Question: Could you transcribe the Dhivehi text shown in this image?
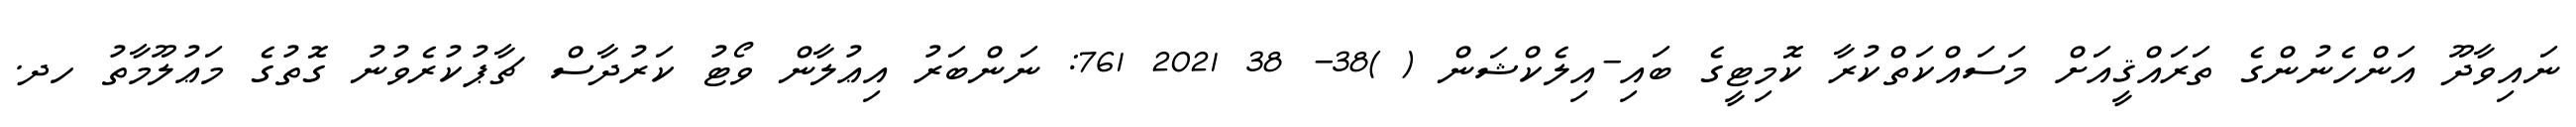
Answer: ނައިވާދޫ އަންހެނުންގެ ތަރައްޤީއަށް މަސައްކަތްކުރާ ކޮމިޓީގެ ބައި-އިލެކްޝަން ( )38- 38 2021 761: ނަންބަރު އިޢުލާން ވޯޓު ކަރުދާސް ޗާޕުކުރެވުނު ގޮތުގެ މަޢުލޫމާތު ހދ.